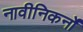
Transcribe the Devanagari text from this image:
नावीनिकर्नों